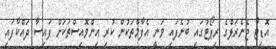
އޮޑިޓާ ޖެނެރަލްގެ ރިޕޯޓުގައި ބުނެފައި ވަނީ އެފާމްތަކުން ކުރި އިންވޮއިސްތަކަށް ފައިސާ ދައްކާފައި